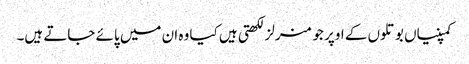
کمپنیاں بوتلوں کے اوپر جو منرلز لکھتی ہیں کیا وہ ان میں پائے جاتے ہیں۔